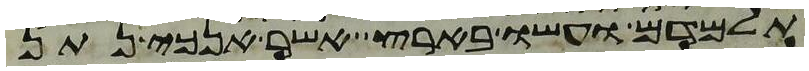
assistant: תלמדם ועשו בארץ אשר אנכי נתן